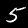
Label: 5